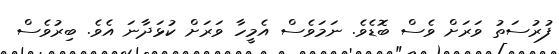
ފުރުސަތު ވަރަށް ވެސް ބޮޑެވެ. ނަމަވެސް އެމީހާ ވަރަށް ކުޅަދާނަ އެވެ. ބިރުވެސް